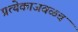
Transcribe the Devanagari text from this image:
प्रत्येकाजवळच